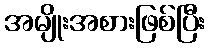
အမျိုးအစားဖြစ်ပြီး